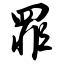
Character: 罪